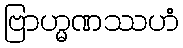
ဗြာဟ္မဏဿဟံ